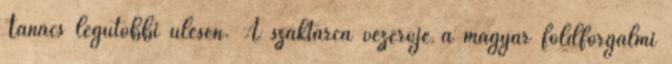
Tanács legutóbbi ülésén. A szaktárca vezerője a magyar földforgalmi